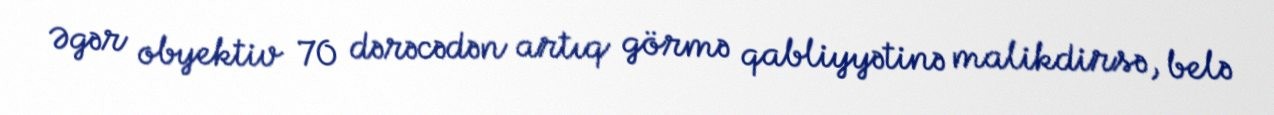
Əgər obyektiv 70 dərəcədən artıq görmə qabliyyətinə malikdirsə, belə